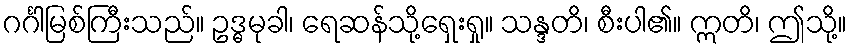
ဂင်္ဂါမြစ်ကြီးသည်။ ဥဒ္ဓမုခါ၊ ရေဆန်သို့ရှေးရှု။ သန္ဒတိ၊ စီးပါ၏။ ဣတိ၊ ဤသို့။